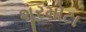
શૂરમોટા